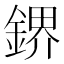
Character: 鎅